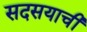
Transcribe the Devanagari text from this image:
सदसयाची